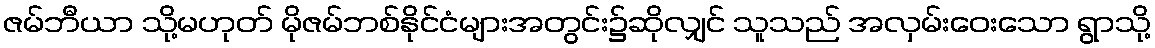
ဇမ်ဘီယာ သို့မဟုတ် မိုဇမ်ဘစ်နိုင်ငံများအတွင်း၌ဆိုလျှင် သူသည် အလှမ်းဝေးသော ရွာသို့